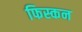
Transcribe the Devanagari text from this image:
फिस्कन